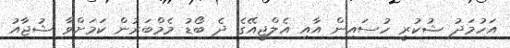
އަހުމަދު ޝުކުރީ ހުސައިން އާއި އެލްޖީއޭގެ ދެ ބޯޑު މެމްބަރުން ކަމަށްވާ ޝުޖާއު